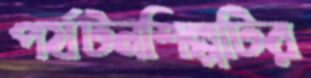
পর্যটনশিল্পটির